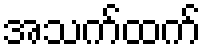
အသက်ထက်